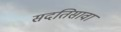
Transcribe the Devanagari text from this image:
सदतिसावा